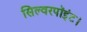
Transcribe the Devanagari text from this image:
सिल्वरपॉइंट।